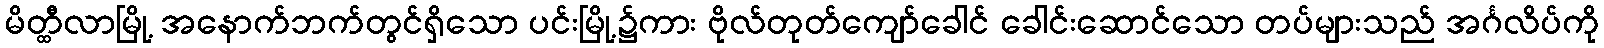
မိတ္ထီလာမြို့ အနောက်ဘက်တွင်ရှိသော ပင်းမြို့၌ကား ဗိုလ်တုတ်ကျော်ခေါင် ခေါင်းဆောင်သော တပ်များသည် အင်္ဂလိပ်ကို